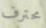
محترف